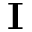
\mathbf { I }